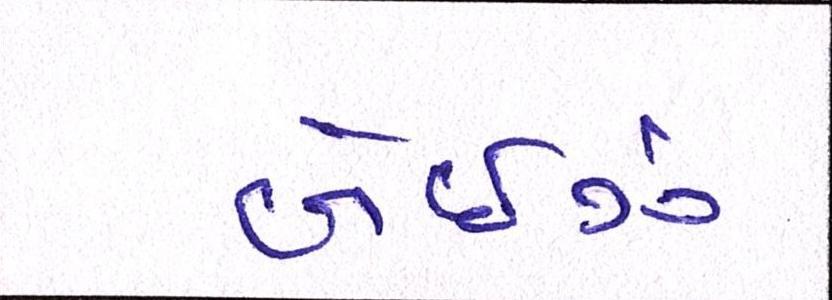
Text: બેઈઝ